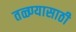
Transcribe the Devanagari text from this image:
तळ्ण्यासाठी